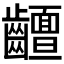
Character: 𱌧